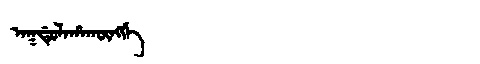
Manchu: ᠠᡴᡩᡠᠯᠠᡥᠠᡴᡡᠩᡤᡝ
Romanization: AKDULAHAKŪNGGE